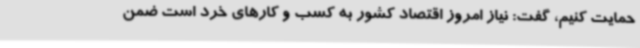
حمایت کنیم، گفت: نیاز امروز اقتصاد کشور به کسب و کارهای خرد است ضمن